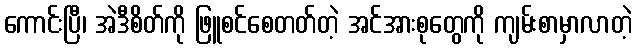
ကောင်းပြီ၊ အဲဒီစိတ်ကို ဖြူစင်စေတတ်တဲ့ အင်အားစုတွေကို ကျမ်းစာမှာလာတဲ့